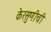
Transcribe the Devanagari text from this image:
केरसुणीची